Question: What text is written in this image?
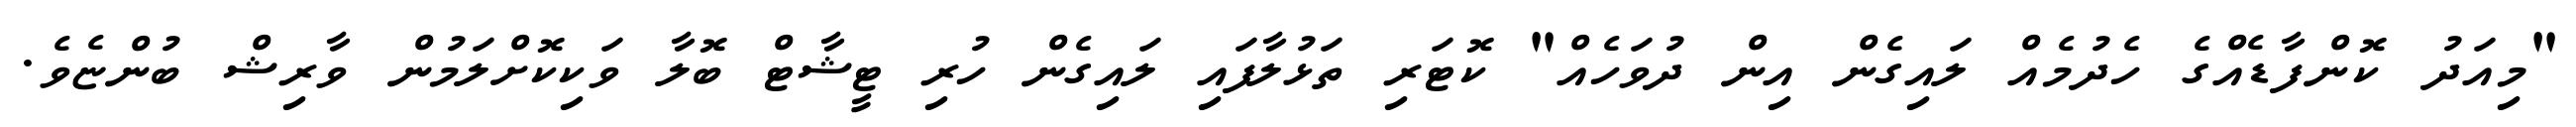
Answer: "މިއަދު ކޮންފާޑެއްގެ ހެދުމެއް ލައިގެން އިން ދުވަހެއް" ކޮޓަރި ތަޅުލާފައި ލައިގެން ހުރި ޓީޝާޓް ބޮލާ ވަކިކޮށްލަމުން ވާރިޝް ބުންޏެވެ.